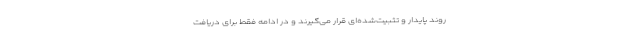
روند پایدار و تثبیت‌شده‌ای قرار می‌گیرند و در ادامه فقط برای دریافت